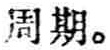
周期。